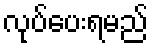
လုပ်ပေးရမည်